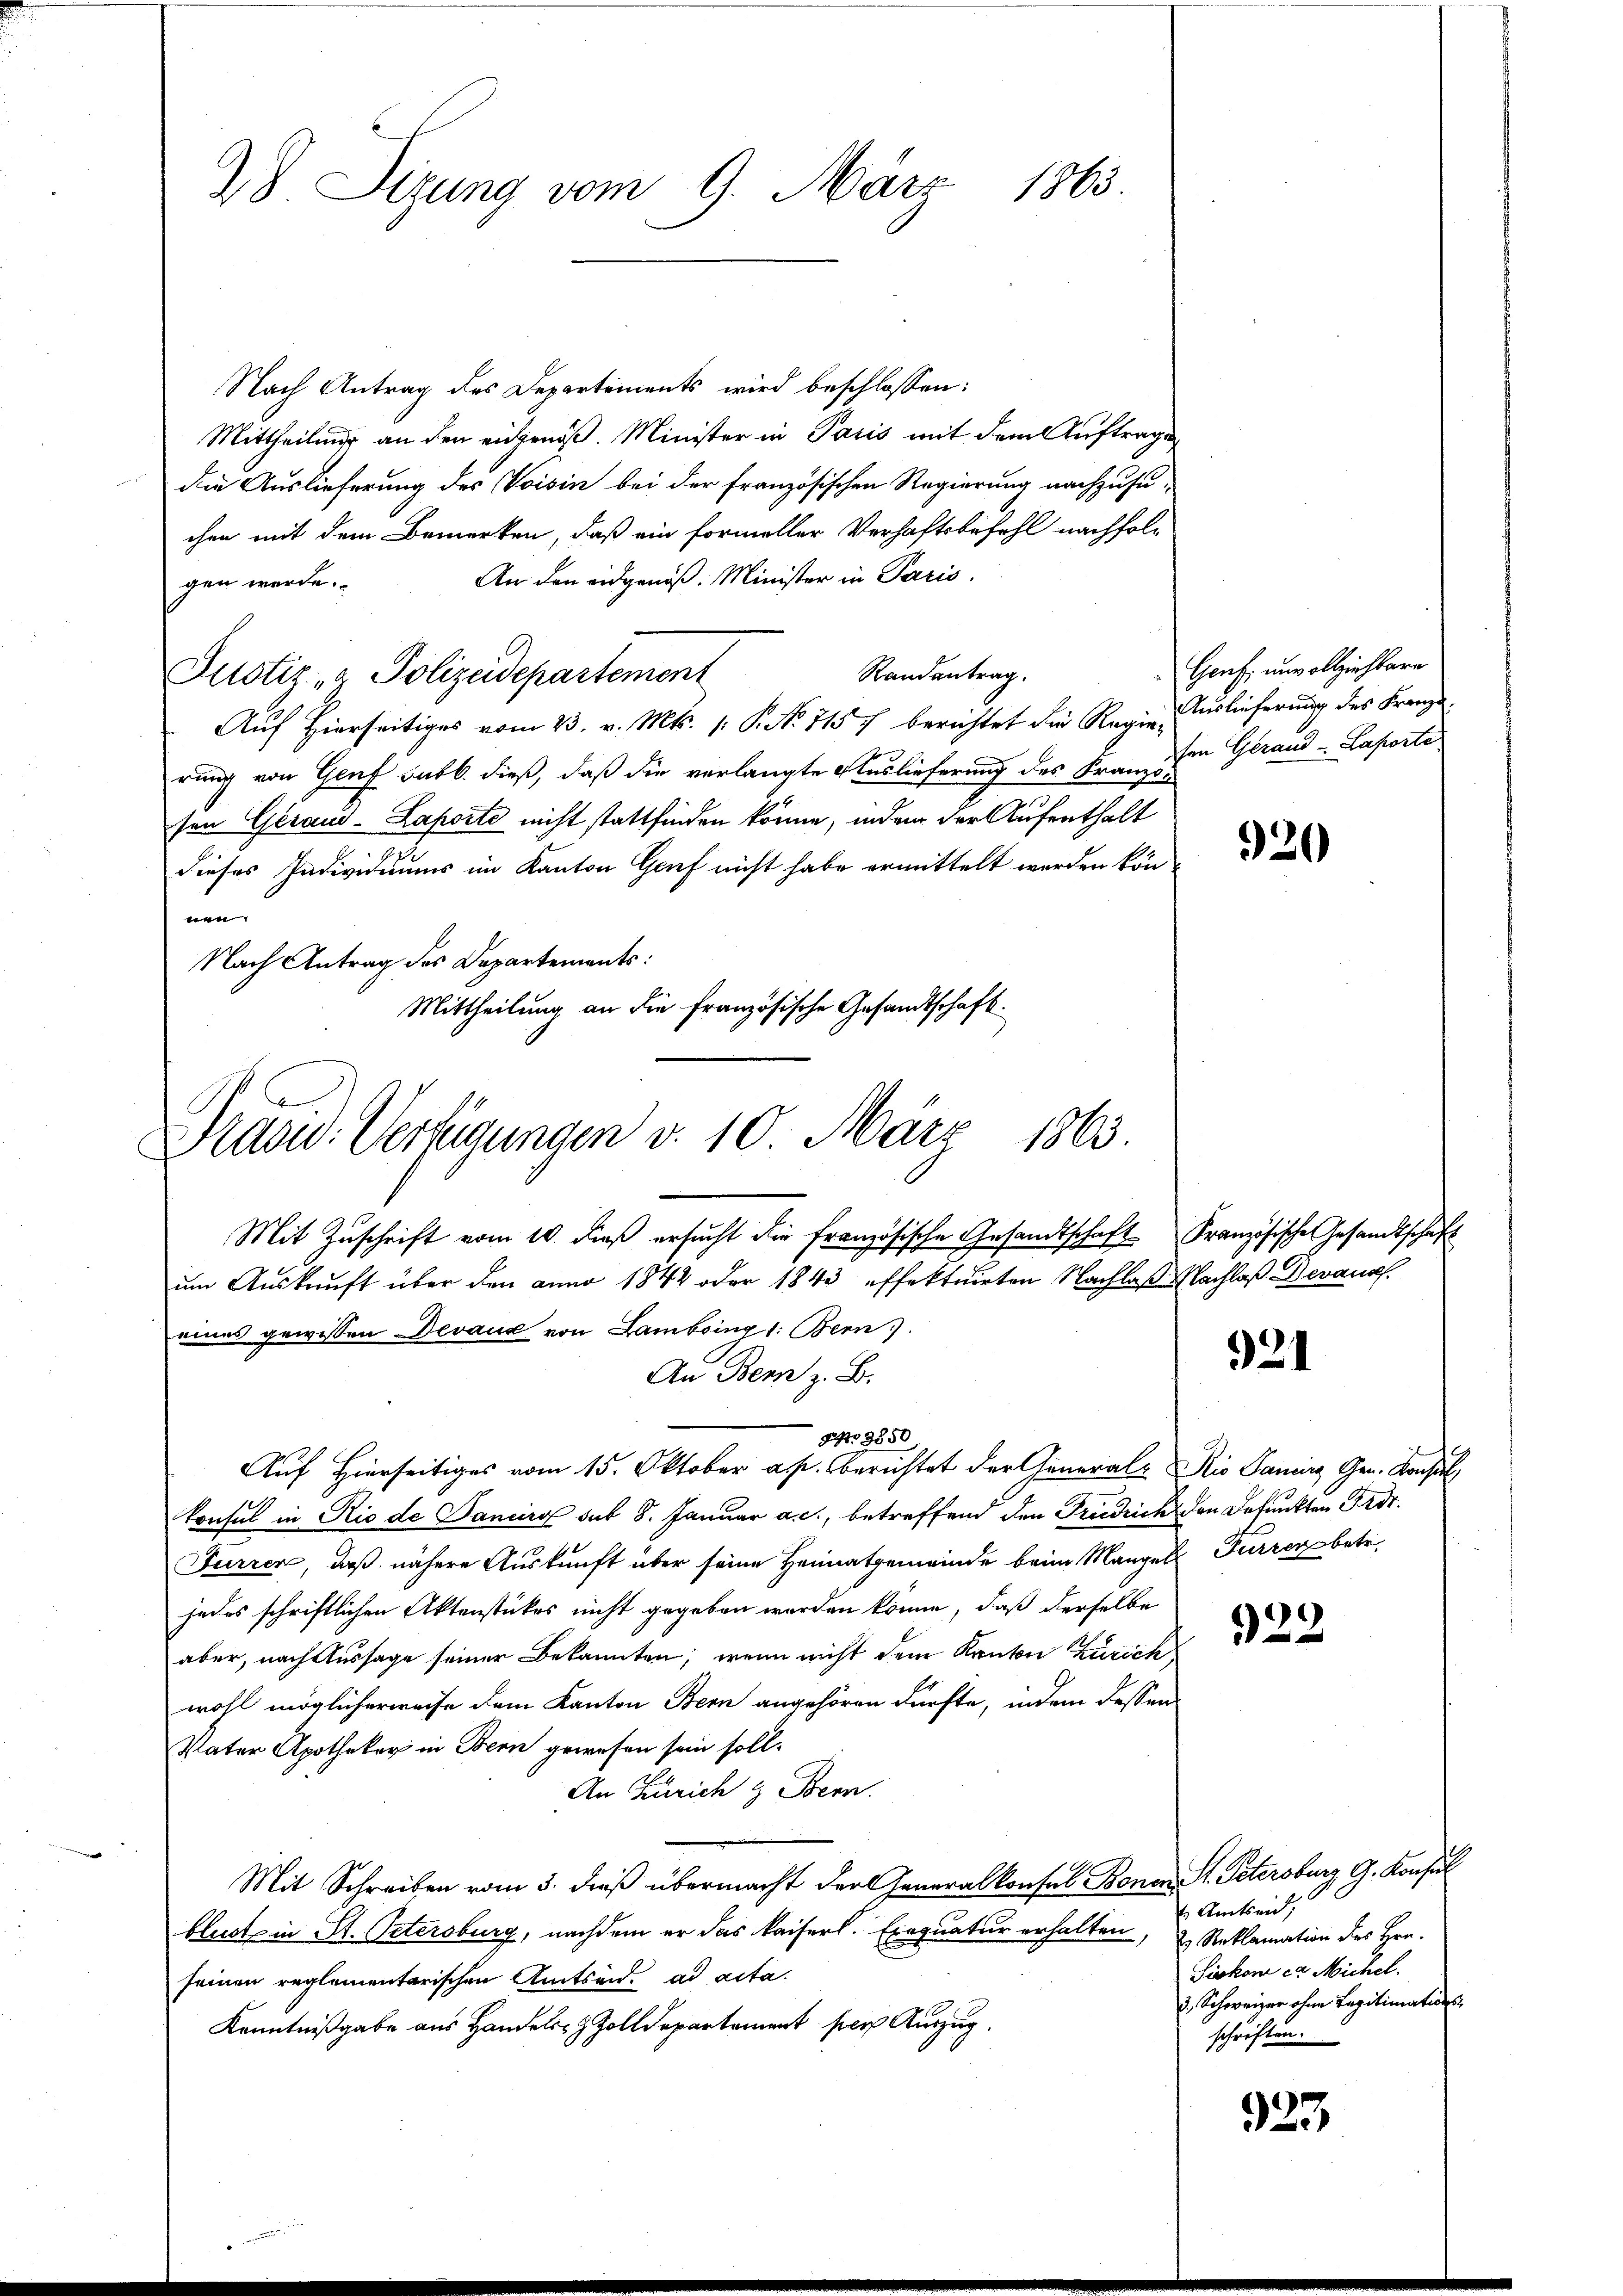
28. Sizung vom 9. März 1863.

Nach Antrag des Departements wird beschlossen:
Mittheilung an den eidgenöß. Minister in Paris mit dem Auftrage
die Auslieferung des Voisin bei der französischen Regierung nachzusuchen mit dem Bemerken, daß ein formeller Verhaftsbefehl nachfol¬
An den eidgenöß: Minister in Paris,
gen werde.
Randantrag.
Justiz- & Polizeidepartement
Auf Hierseitiges vom 23. v. Mts. (: P. No 715 f berichtet die Regie Auslieferung des Franze
rung von Genf sabb. dieß, daß die verlangte Auslieferung des Franzö-
sen Geraud-Laporte nicht stattfinden könne, indem der Aufenthalt
dieses Individuums im Kanton Grief nicht habe ermittelt werden können
Nach Antrag des Departements:
Mittheilung an die französische Gesandtschaft.

Draod: Verfügungen d. 10. März 1863.

Mit Zŭschrift vom 10. dβ ersŭcht die französische Gesandtschaft Französische Gesandtschaft
um Auskunft über den anno 1842 oder 1843 effektuirten Nachlaß Nachlaß Devanc
eines gewissen Devaux von Lambring 1: Bern.
An Bern z. B.
3850.
Auf Hierseitiges vom 15. Oktober a. p. berichtet der Generale Rio Sanire Gen. Konsul
konsul in Rio de Daneiro sub 8. Januar a. c., betreffend den Friedrich den Befunkten Ordt.
Furrer, daß nähere Auskunft über seine Heimatgemeinde beim Mangels Furren betr.
jedes schriftlichen Aktenstükes nicht gegeben werden könne, daß derselbe
aber, nach Aussage seiner Bekannten, wenn nicht dem Kanton Zürich
wohl möglicherweise dem Kanton Bern angehören dürfte, indem dessen
Vater Apotheker in Bern gewesen sein soll.
An Zürich & Bern.
Mit Schreiben vom 3. dieß übermacht der Generalkonsul Bonen S. Petersburg, G. Konsul
blust in St. Petersburg, nachdem er das kaiserl. Einquatur erhalten, & Reklamation des Hrn.
seinen reglementarischen Amtsend. ad acta.
Kenntnißgabe aus Handels Zolldepartament per Auszug.

Genf, unvollziehbare
sen Gerand -Laporte

920

921

922

Amtseid,
Siskon er Michel.
2. Schweizer ohne Legitimationsschriften.

923